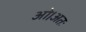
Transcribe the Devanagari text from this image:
ओ।अतः